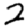
Digit: 2